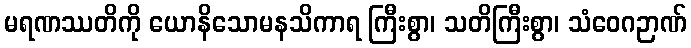
မရဏဿတိကို ယောနိသောမနသိကာရ ကြီးစွာ၊ သတိကြီးစွာ၊ သံဝေဂဉာဏ်